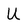
Character: U